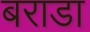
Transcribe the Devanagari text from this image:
बराडा